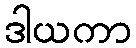
ဒါယကာ